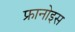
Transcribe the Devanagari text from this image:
फ्रानोइस